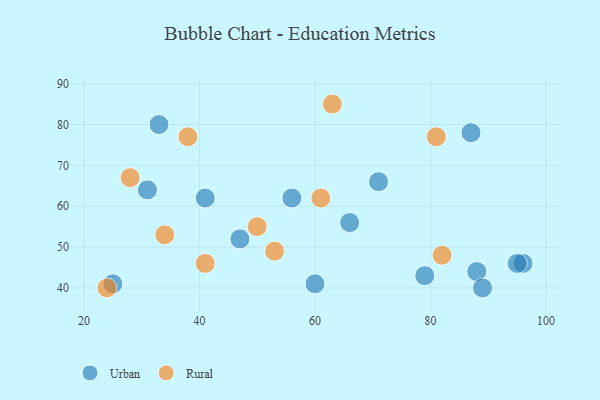
{"axis": {"x": "GDP", "y": "Life Expectancy"}, "legend": ["Rural", "Urban"], "data": [{"x": "56", "y": 62, "type": "Urban"}, {"x": "88", "y": 44, "type": "Urban"}, {"x": "71", "y": 66, "type": "Urban"}, {"x": "87", "y": 78, "type": "Urban"}, {"x": "47", "y": 52, "type": "Urban"}, {"x": "79", "y": 43, "type": "Urban"}, {"x": "89", "y": 40, "type": "Urban"}, {"x": "25", "y": 41, "type": "Urban"}, {"x": "33", "y": 80, "type": "Urban"}, {"x": "96", "y": 46, "type": "Urban"}, {"x": "60", "y": 41, "type": "Urban"}, {"x": "41", "y": 62, "type": "Urban"}, {"x": "95", "y": 46, "type": "Urban"}, {"x": "66", "y": 56, "type": "Urban"}, {"x": "31", "y": 64, "type": "Urban"}, {"x": "82", "y": 48, "type": "Rural"}, {"x": "81", "y": 77, "type": "Rural"}, {"x": "63", "y": 85, "type": "Rural"}, {"x": "28", "y": 67, "type": "Rural"}, {"x": "38", "y": 77, "type": "Rural"}, {"x": "41", "y": 46, "type": "Rural"}, {"x": "34", "y": 53, "type": "Rural"}, {"x": "50", "y": 55, "type": "Rural"}, {"x": "24", "y": 40, "type": "Rural"}, {"x": "61", "y": 62, "type": "Rural"}, {"x": "53", "y": 49, "type": "Rural"}]}